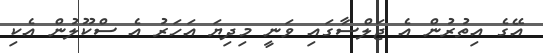
އޭގެ އިތުރުން އެ ޖަލްސާގައި ވަނީ މިދިޔަ އަހަރު އެ ސްކޫލުން އެކި